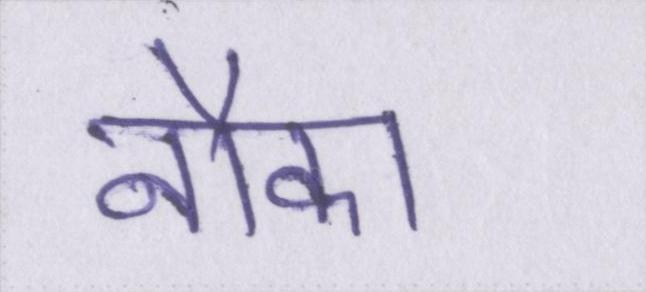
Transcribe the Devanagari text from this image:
नौका